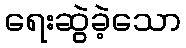
ရေးဆွဲခဲ့သော